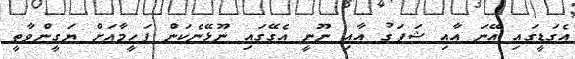
އެގަޑީގައި އޭނަ އާއި ޝަފަގު އާއިިިިި ނޫނީ އެގޭގައި ނޫޅޭނެކަން ފަހީމާއަށް ޔަގީންވާތީ